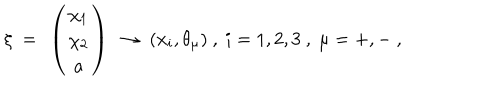
LaTeX: \xi \ = \ \left( \begin{array} { c } { { \chi _ { 1 } } } \\ { { \chi _ { 2 } } } \\ { { a } } \\ \end{array} \right) \ \to \ ( x _ { i } , \theta _ { \mu } ) \ , \ i = 1 , 2 , 3 \ , \ \mu = + , - \ ,